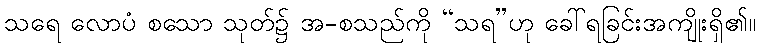
သရေ လောပံ စသော သုတ်၌ အ-စသည်ကို “သရ”ဟု ခေါ်ရခြင်းအကျိုးရှိ၏။